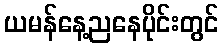
ယမန်နေ့ညနေပိုင်းတွင်